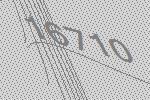
16710